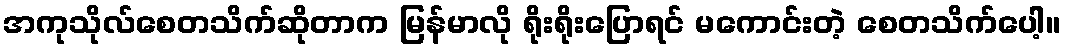
အကုသိုလ်စေတသိက်ဆိုတာက မြန်မာလို ရိုးရိုးပြောရင် မကောင်းတဲ့ စေတသိက်ပေါ့။